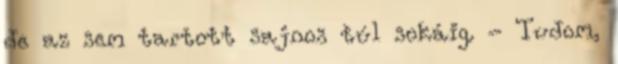
de az sem tartott sajnos túl sokáig. - Tudom,